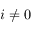
i \neq 0